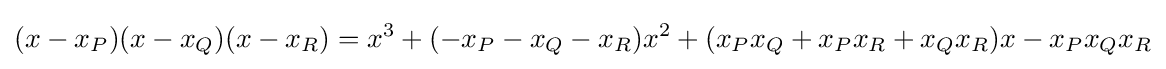
(x-x_{P})(x-x_{Q})(x-x_{R})=x^{3}+(-x_{P}-x_{Q}-x_{R})x^{2}+(x_{P}x_{Q}+x_{P}x_{R}+x_{Q}x_{R})x-x_{P}x_{Q}x_{R}